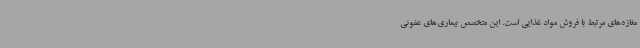
مغازه‌های مرتبط با فروش مواد غذایی است. این متخصص بیماری‌های عفونی